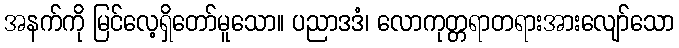
အနက်ကို မြင်လေ့ရှိတော်မူသော။ ပညာဒဒံ၊ လောကုတ္တရာတရားအားလျော်သော